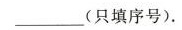
___(只填序号)。